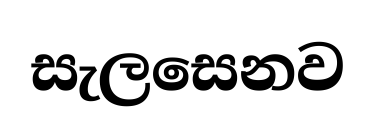
සැලසෙනව